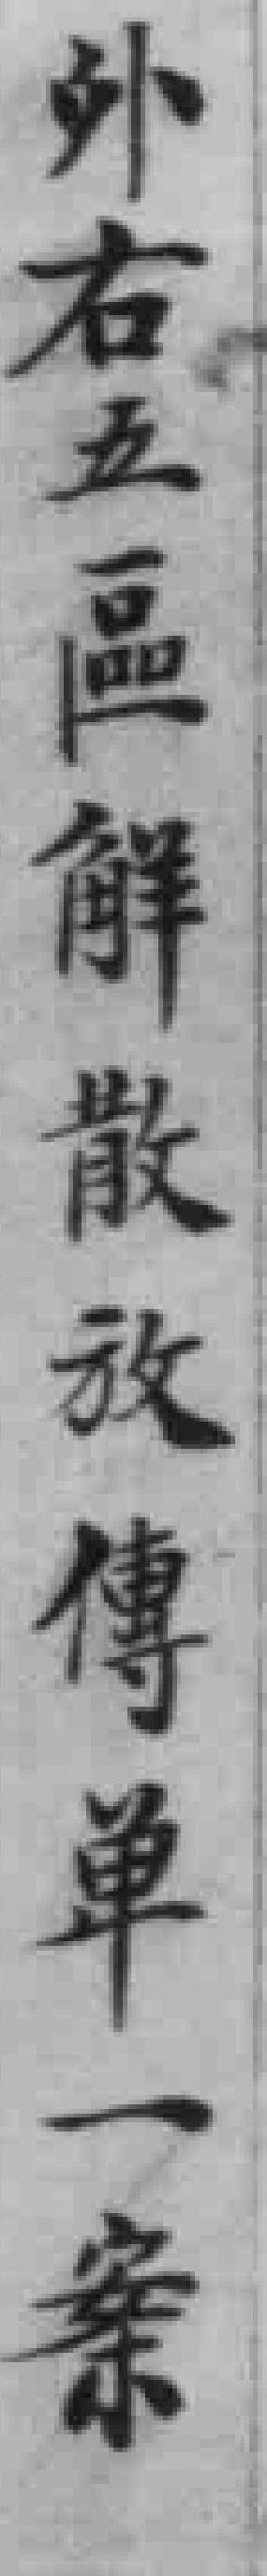
外右五區解散放傳单一案